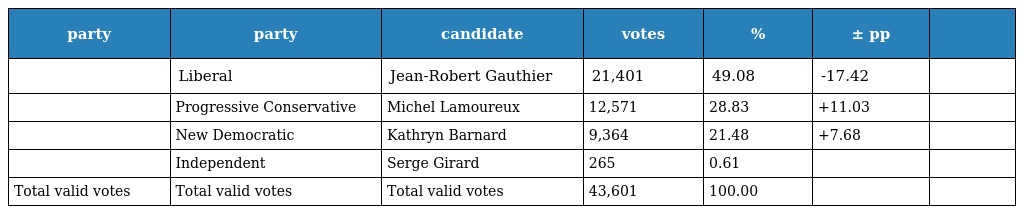
| party | party | candidate | votes | % | ± pp |  |
 | --- | --- | --- | --- | --- | --- | --- |
 |  | Liberal | Jean-Robert Gauthier | 21,401 | 49.08 | -17.42 |  |
 |  | Progressive Conservative | Michel Lamoureux | 12,571 | 28.83 | +11.03 |  |
 |  | New Democratic | Kathryn Barnard | 9,364 | 21.48 | +7.68 |  |
 |  | Independent | Serge Girard | 265 | 0.61 |  |  |
 | Total valid votes | Total valid votes | Total valid votes | 43,601 | 100.00 |  |  |